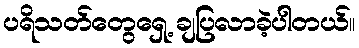
ပရိသတ်တွေရှေ့ ချပြလာခဲ့ပါတယ်။